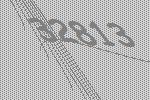
32813